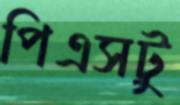
পিএসটু